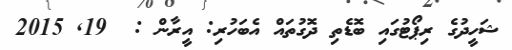
ޝަހީދުގެ ރިޕޯޓުގައި ބޮޑެތި ދޮގުތައް އެބަހުރި: އީރާން :  19